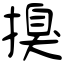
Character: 搝